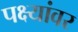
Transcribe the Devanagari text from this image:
पक्ष्यांवर